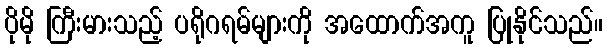
ပိုမို ကြီးမားသည့် ပရိုဂရမ်များကို အထောက်အကူ ပြုနိုင်သည်။